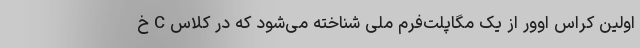
اولین کراس اوور از یک مگاپلت‌فرم ملی شناخته می‌شود که در کلاس C خ